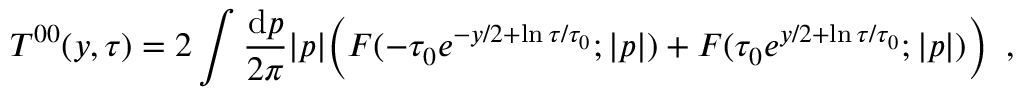
T ^ { 0 0 } ( y , \tau ) = 2 \int \frac { \mathrm { d } p } { 2 \pi } | p | { \displaystyle \Bigl ( F ( - \tau _ { 0 } e ^ { - y / 2 + \ln \tau / \tau _ { 0 } } ; | p | ) + F ( \tau _ { 0 } e ^ { y / 2 + \ln \tau / \tau _ { 0 } } ; | p | ) \Bigr ) } \; \; ,